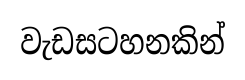
වැඩසටහනකින්